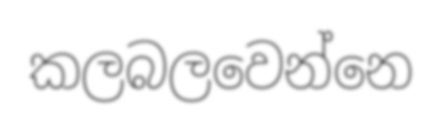
කලබලවෙන්නෙ